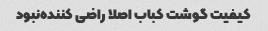
کیفیت گوشت کباب اصلا راضی کننده‌نبود